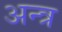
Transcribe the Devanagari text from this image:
अन्त्र